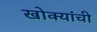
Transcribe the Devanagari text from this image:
खोक्यांची